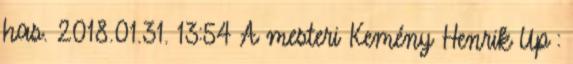
has. 2018.01.31. 13:54 A mesteri Kemény Henrik Up :